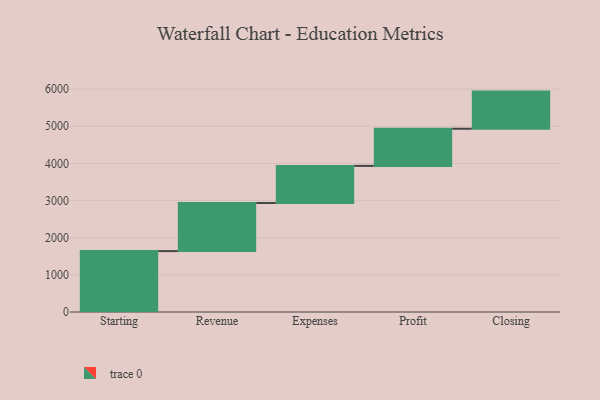
{"axis": {"x": "Step", "y": "Value"}, "legend": [""], "data": [{"x": "Starting", "y": 1639.0, "type": ""}, {"x": "Revenue", "y": 1295.0, "type": ""}, {"x": "Expenses", "y": 1000, "type": ""}, {"x": "Profit", "y": 1000, "type": ""}, {"x": "Closing", "y": 1000, "type": ""}]}